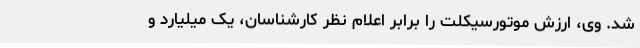
شد. وی، ارزش موتورسیکلت را برابر اعلام نظر کارشناسان، یک میلیارد و